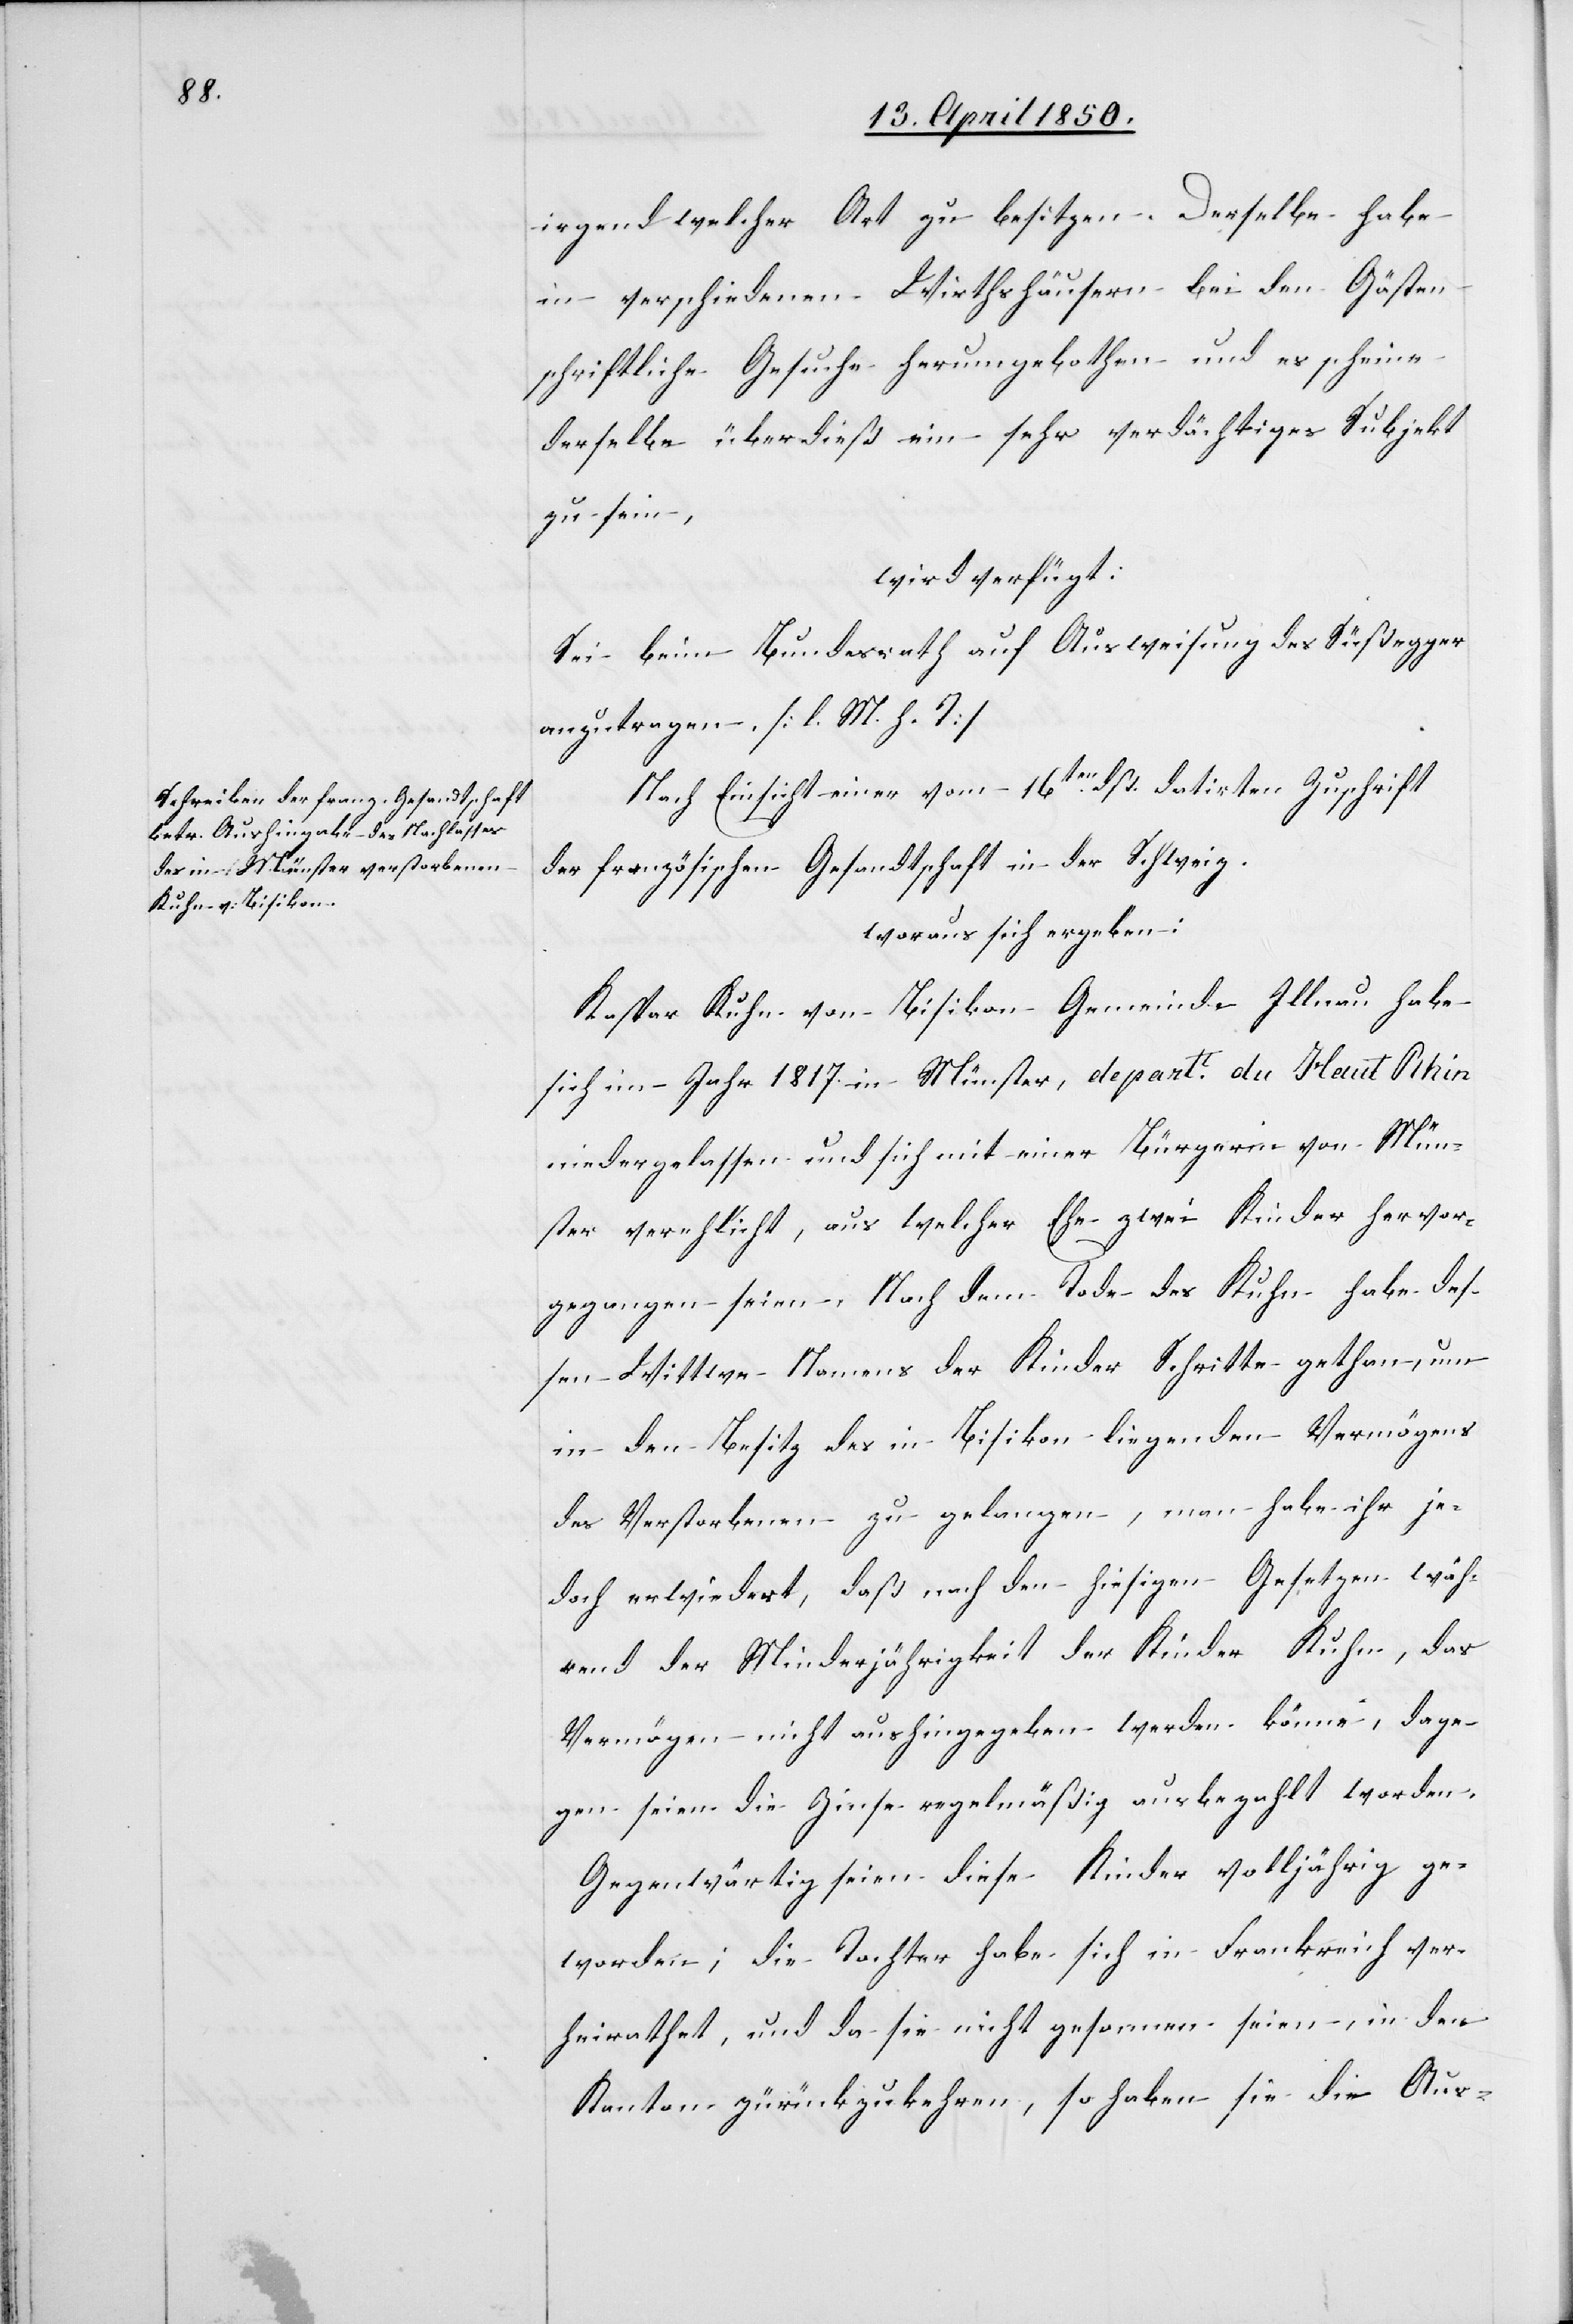
17. April 1850.]
irgend welcher Art zu besitzen. Derselbe habe
in verschiedenen Wirthshäusern bei den Gästen
schriftliche Gesuche herumgebothen und es scheine
derselbe überdieß ein sehr verdächtiges Subjekt
zu sein,
wird verfügt:
Sei beim Bundesrath auf Ausweisung des Süßegger
anzutragen. [l. M. h. T]
Nach Einsicht einer vom 16ten dß. datirten Zuschrift
der französischen Gesandtschaft in der Schweiz.
woraus sich ergeben:
Kaspar Kuhn von Bisikon Gemeinde Illnau habe
sich im Jahr 1817. in Münster, depart. du Haut Rhin
niedergelassen und sich mit einer Bürgerin von Mün¬
ster verehlicht, aus welcher Ehe zwei Kinder hervor¬
gegangen seien. Nach dem Tode des Kuhn habe des¬
sen Wittwe Namens der Kinder Schritte gethan, um
in den Besitz des in Bisikon liegenden Vermögens
des Verstorbenen zu gelangen, man habe ihr je¬
doch erwiedert, daß nach den hiesigen Gesetzen wäh¬
rend der Minderjährigkeit der Kinder Kuhn, das
Vermögen nicht aushingegeben werden könne, dage¬
gen seien die Zinse regelmäßig ausbezahlt worden.
Gegenwärtig seien diese Kinder volljährig ge¬
worden; die Tochter habe sich in Frankreich ver¬
heirathet, und da sie nicht gesonnen seien, in den
Kanton zürückzukehren, so haben sie die Aus-